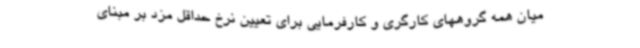
میان همه گروههای کارگری و کارفرمایی برای تعیین نرخ حداقل مزد بر مبنای